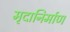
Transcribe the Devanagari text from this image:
मृदानिर्माण